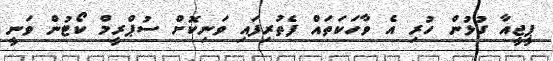
ޕީޖީއާ ގުޅުން ހުރި އެ ވާހަކަތައް ފެތުރިފައި ވަނިކޮށް ސުޕްރީމް ކޯޓުން ވަނީ